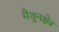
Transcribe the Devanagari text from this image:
मैथुनक्षेत्र